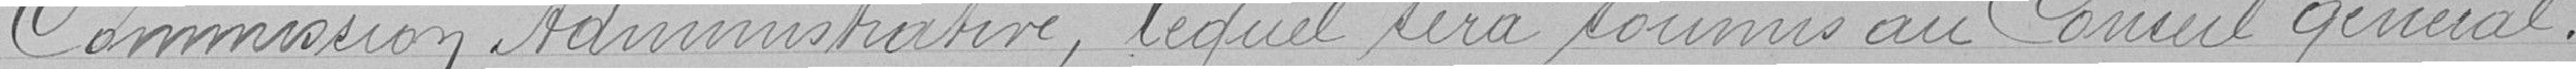
Commission Administrative, lequel sera soumis au Conseil Général.